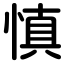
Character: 慎